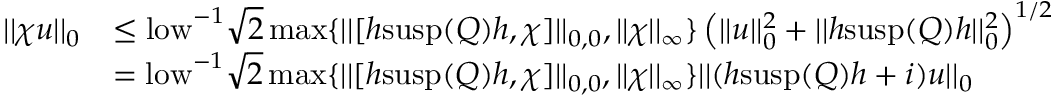
\begin{array} { r l } { | | \chi u | | _ { 0 } } & { \leq \mathrm { l o w } ^ { - 1 } \sqrt { 2 } \operatorname* { m a x } \{ | | [ h \mathrm { s u s p } ( Q ) h , \chi ] | | _ { 0 , 0 } , | | \chi | | _ { \infty } \} \left( | | u | | _ { 0 } ^ { 2 } + | | h \mathrm { s u s p } ( Q ) h | | _ { 0 } ^ { 2 } \right) ^ { 1 / 2 } } \\ & { = \mathrm { l o w } ^ { - 1 } \sqrt { 2 } \operatorname* { m a x } \{ | | [ h \mathrm { s u s p } ( Q ) h , \chi ] | | _ { 0 , 0 } , | | \chi | | _ { \infty } \} | | ( h \mathrm { s u s p } ( Q ) h + i ) u | | _ { 0 } } \end{array}